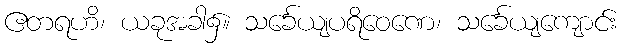
ဧတရဟိ၊ ယခုအခါ၌။ သင်္ခေယျပရိဝေဏေ၊ သင်္ခေယျကျောင်း